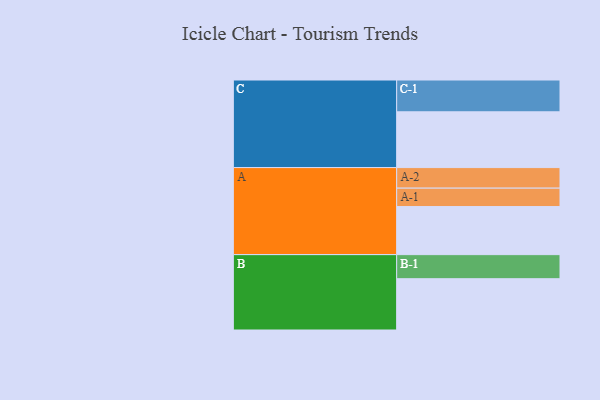
{"axis": {"x": "Segment", "y": "Value"}, "legend": ["", "A", "B", "C"], "data": [{"x": "A", "y": 449, "type": ""}, {"x": "B", "y": 479, "type": ""}, {"x": "C", "y": 521, "type": ""}, {"x": "A-1", "y": 172, "type": "A"}, {"x": "A-2", "y": 192, "type": "A"}, {"x": "B-1", "y": 225, "type": "B"}, {"x": "C-1", "y": 297, "type": "C"}]}